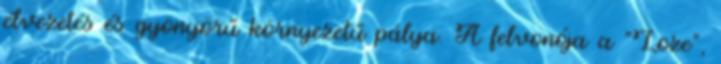
élvezetés és gyönyörű környezetű pálya. A felvonója a "Loze",